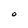
Character: O